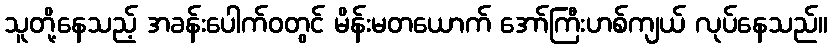
သူတို့နေသည့် အခန်းပေါက်ဝတွင် မိန်းမတယောက် အော်ကြီးဟစ်ကျယ် လုပ်နေသည်။